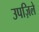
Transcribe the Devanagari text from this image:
उपज़िले